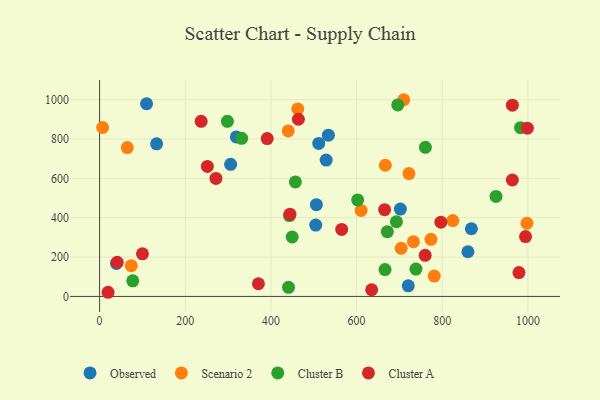
{"axis": {"x": "Study Hours", "y": "Yield"}, "legend": ["Cluster A", "Cluster B", "Observed", "Scenario 2"], "data": [{"x": "504.6", "y": 362.4, "type": "Observed"}, {"x": "109.7", "y": 979.2, "type": "Observed"}, {"x": "534.1", "y": 819.6, "type": "Observed"}, {"x": "39.5", "y": 167.6, "type": "Observed"}, {"x": "859.9", "y": 227.1, "type": "Observed"}, {"x": "305.9", "y": 671.2, "type": "Observed"}, {"x": "868.0", "y": 343.9, "type": "Observed"}, {"x": "511.6", "y": 777.7, "type": "Observed"}, {"x": "702.2", "y": 444.1, "type": "Observed"}, {"x": "506.1", "y": 466.1, "type": "Observed"}, {"x": "720.6", "y": 53.9, "type": "Observed"}, {"x": "133.1", "y": 775.5, "type": "Observed"}, {"x": "529.0", "y": 693.1, "type": "Observed"}, {"x": "319.2", "y": 810.6, "type": "Observed"}, {"x": "824.6", "y": 385.4, "type": "Scenario 2"}, {"x": "781.3", "y": 103.2, "type": "Scenario 2"}, {"x": "667.0", "y": 666.6, "type": "Scenario 2"}, {"x": "7.1", "y": 858.5, "type": "Scenario 2"}, {"x": "732.7", "y": 278.2, "type": "Scenario 2"}, {"x": "610.6", "y": 437.0, "type": "Scenario 2"}, {"x": "440.4", "y": 840.8, "type": "Scenario 2"}, {"x": "462.7", "y": 952.6, "type": "Scenario 2"}, {"x": "773.6", "y": 290.1, "type": "Scenario 2"}, {"x": "710.1", "y": 999.6, "type": "Scenario 2"}, {"x": "73.9", "y": 156.2, "type": "Scenario 2"}, {"x": "722.2", "y": 624.3, "type": "Scenario 2"}, {"x": "704.1", "y": 244.6, "type": "Scenario 2"}, {"x": "997.7", "y": 371.9, "type": "Scenario 2"}, {"x": "64.6", "y": 756.2, "type": "Scenario 2"}, {"x": "760.6", "y": 757.9, "type": "Cluster B"}, {"x": "738.6", "y": 138.8, "type": "Cluster B"}, {"x": "443.3", "y": 410.8, "type": "Cluster B"}, {"x": "449.6", "y": 302.1, "type": "Cluster B"}, {"x": "982.7", "y": 857.7, "type": "Cluster B"}, {"x": "696.1", "y": 973.0, "type": "Cluster B"}, {"x": "693.0", "y": 380.1, "type": "Cluster B"}, {"x": "441.1", "y": 46.5, "type": "Cluster B"}, {"x": "457.1", "y": 581.8, "type": "Cluster B"}, {"x": "77.4", "y": 79.1, "type": "Cluster B"}, {"x": "298.4", "y": 889.6, "type": "Cluster B"}, {"x": "666.4", "y": 136.6, "type": "Cluster B"}, {"x": "671.8", "y": 328.9, "type": "Cluster B"}, {"x": "602.5", "y": 490.4, "type": "Cluster B"}, {"x": "925.5", "y": 508.3, "type": "Cluster B"}, {"x": "331.7", "y": 803.6, "type": "Cluster B"}, {"x": "41.2", "y": 173.8, "type": "Cluster A"}, {"x": "19.8", "y": 21.1, "type": "Cluster A"}, {"x": "237.1", "y": 889.7, "type": "Cluster A"}, {"x": "565.2", "y": 340.7, "type": "Cluster A"}, {"x": "796.7", "y": 377.1, "type": "Cluster A"}, {"x": "994.4", "y": 304.1, "type": "Cluster A"}, {"x": "635.2", "y": 34.0, "type": "Cluster A"}, {"x": "444.4", "y": 418.1, "type": "Cluster A"}, {"x": "100.1", "y": 216.7, "type": "Cluster A"}, {"x": "391.3", "y": 802.2, "type": "Cluster A"}, {"x": "979.0", "y": 121.0, "type": "Cluster A"}, {"x": "251.6", "y": 660.5, "type": "Cluster A"}, {"x": "998.7", "y": 855.0, "type": "Cluster A"}, {"x": "271.7", "y": 599.6, "type": "Cluster A"}, {"x": "370.8", "y": 64.4, "type": "Cluster A"}, {"x": "963.7", "y": 972.1, "type": "Cluster A"}, {"x": "464.1", "y": 900.4, "type": "Cluster A"}, {"x": "760.1", "y": 209.1, "type": "Cluster A"}, {"x": "665.4", "y": 441.1, "type": "Cluster A"}, {"x": "963.6", "y": 591.7, "type": "Cluster A"}]}